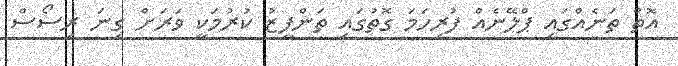
އޮތް ތަނެއްގައި ޕްލޭނެއް ފުރިހަމަ ގޮތުގައި ތަންފީޒު ކުރުމަކީ ވަރަށް ގިނަ ރިސޯސް